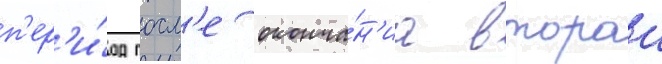
п'ер'и́од посл'е оконча́н'иа второи